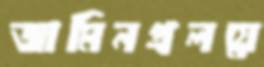
জামিনপ্রলয়ে